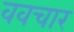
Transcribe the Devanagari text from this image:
ववचार